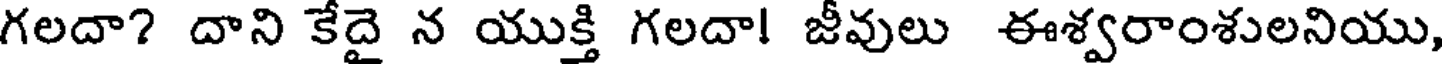
గలదా? దాని కేదై న యుక్తి గలదా! జీవులు ఈశ్వరాంశులనియు,